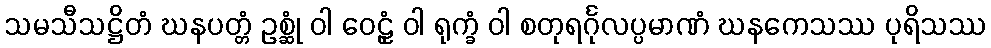
သမသီသဋ္ဌိတံ ဃနပတ္တံ ဥစ္ဆုံ ဝါ ဝေဠုံ ဝါ ရုက္ခံ ဝါ စတုရင်္ဂုလပ္ပမာဏံ ဃနကေသဿ ပုရိသဿ